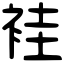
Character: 袿